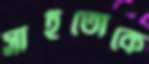
সাইতোকে